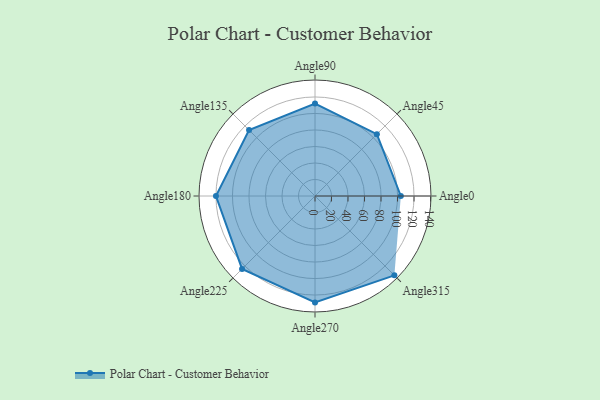
{"axis": {"x": "Angle", "y": "Radius"}, "legend": [""], "data": [{"x": "Angle0", "y": 104.0, "type": ""}, {"x": "Angle45", "y": 106.0, "type": ""}, {"x": "Angle90", "y": 112.0, "type": ""}, {"x": "Angle135", "y": 113.0, "type": ""}, {"x": "Angle180", "y": 120.0, "type": ""}, {"x": "Angle225", "y": 125.0, "type": ""}, {"x": "Angle270", "y": 129.0, "type": ""}, {"x": "Angle315", "y": 136.0, "type": ""}]}